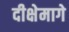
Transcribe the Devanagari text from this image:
दीक्षेमागे